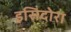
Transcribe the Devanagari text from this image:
इसिदोरा